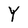
Character: Y